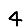
Digit: 4